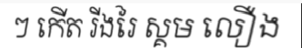
ៗ កើត រីងរៃ ស្គម លឿង